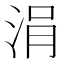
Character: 涓